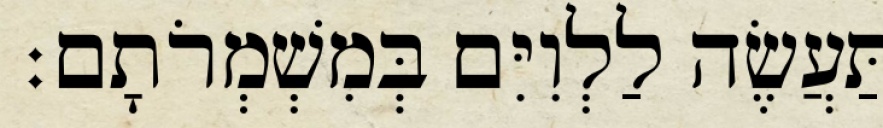
תַּעֲשֶׂה לַלְוִיִּם בְּמִשְׁמְרֹתָם׃